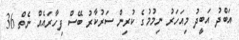
އަބްދު އަބީދު މިއަހަރު ނިމުމުގެ ކުރިން ސަރުކާރު ބޭސް ފިހާރައެއް ނެތް 36